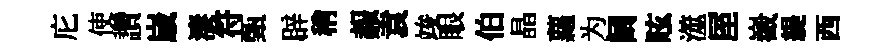
庀使讚𡻕淒符甄辟稍赧袁竣眼伯晶蘿为阔眩澨厔嶻緹西